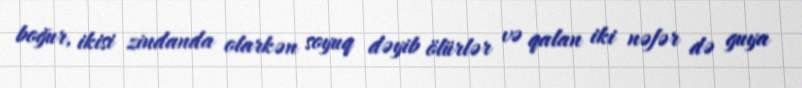
boğur, ikisi zindanda olarkən soyuq dəyib ölürlər və qalan iki nəfər də guya